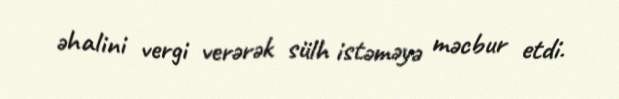
əhalini vergi verərək sülh istəməyə məcbur etdi.